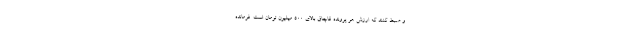
و ضبط کنند که ارزش هر پرونده قاچاق بالای 500 میلیون تومان است. فرمانده